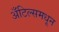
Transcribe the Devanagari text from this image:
अँटिल्समधून